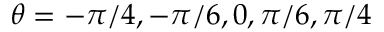
\theta = - \pi / 4 , - \pi / 6 , 0 , \pi / 6 , \pi / 4